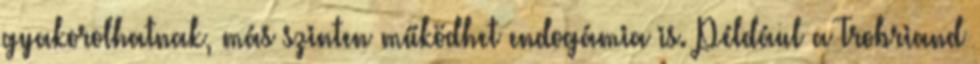
gyakorolhatnak, más szinten működhet endogámia is. Például a Trobriand